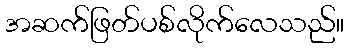
အဆက်ဖြတ်ပစ်လိုက်လေသည်။